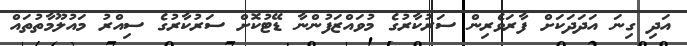
އަދި ގިނަ އަދަދަކަށް ފާރަވެރިން ސަރުކާރުގެ މުވައްޒަފުންނާ ޑޭޓުކޮށް ސަރުކާރުގެ ސިއްރު މައުލޫމާތުތައް